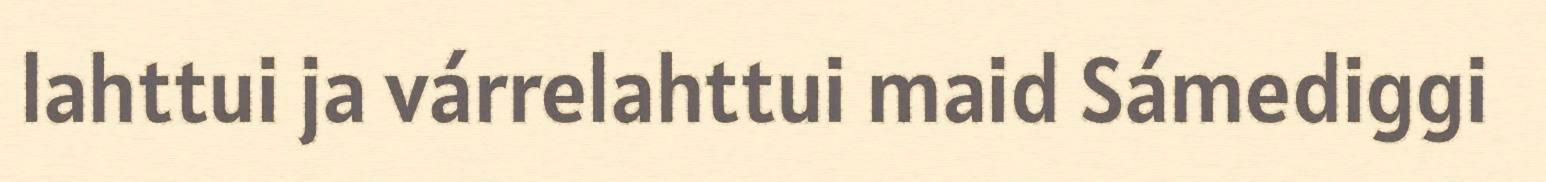
lahttui ja várrelahttui maid Sámediggi